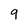
Character: 9